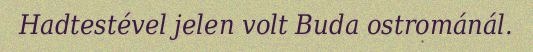
Hadtestével jelen volt Buda ostrománál.